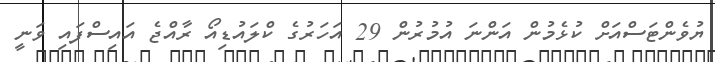
ޔުވެންޓަސްއަށް ކުޅެމުން އަންނަ އުމުރުން 29 އަހަރުގެ ކްލައުޑިއޯ ރާއްޖެ އައިސްފައި ވަނީ